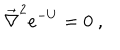
LaTeX: { \overrightarrow { \nabla } } ^ { 2 } e ^ { - U } = 0 \ ,